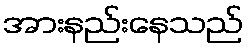
အားနည်းနေသည်